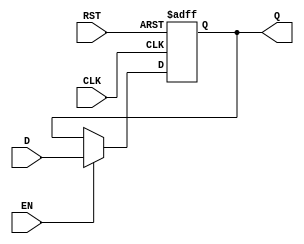
module Gated_D_Latch (
    input wire D,
    input wire EN,
    input wire CLK,
    input wire RST,
    output reg Q
);

always @(posedge CLK or posedge RST) begin
    if (RST) begin
        Q <= 0; // Reset the latch output
    end else begin
        if (EN) begin
            Q <= D; // Update the latch output with data input
        end
    end
end

endmodule